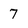
Character: 7